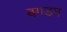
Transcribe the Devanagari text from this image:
बगड़म